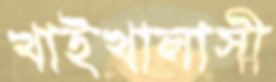
খাইখালাসী